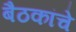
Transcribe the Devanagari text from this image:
बैठकांचे